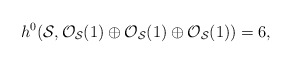
\begin{align*}h^0 ({\cal S}, {\cal O}_{{\cal S}}(1) \oplus {\cal O}_{{\cal S}}(1)\oplus {\cal O}_{{\cal S}}(1)) =6,\end{align*}